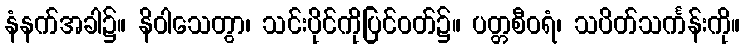
နံနက်အခါ၌။ နိဝါသေတွာ၊ သင်းပိုင်ကိုပြင်ဝတ်၌။ ပတ္တစီဝရံ၊ သပိတ်သင်္ကန်းကို။